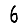
Digit: 6